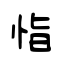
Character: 恉